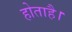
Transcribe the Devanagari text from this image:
होताहै।